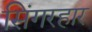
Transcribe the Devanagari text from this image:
सिंगरहार